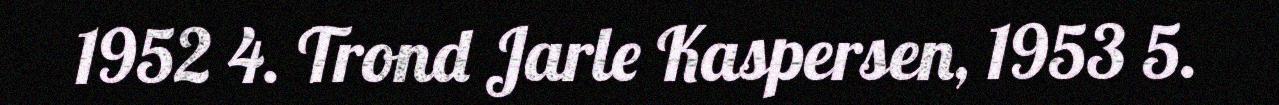
1952 4. Trond Jarle Kaspersen, 1953 5.